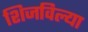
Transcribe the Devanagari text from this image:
शिजविल्या